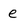
Character: e